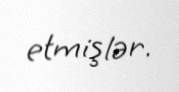
etmişlər.